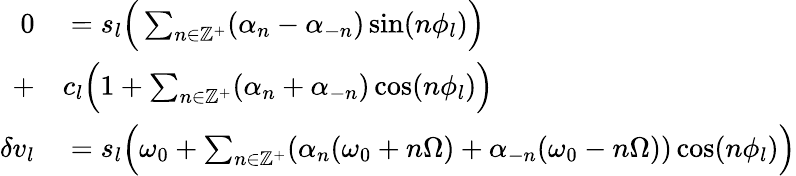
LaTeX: \begin{array}{rl}{0}&{{}=s_{l}\Big(\sum_{n\in\mathbb{Z}^{+}}(\alpha_{n}-\alpha_{-n})\sin(n\phi_{l})\Big)}\\ {+}&{{}c_{l}\Big(1+\sum_{n\in\mathbb{Z}^{+}}(\alpha_{n}+\alpha_{-n})\cos(n\phi_{l})\Big)}\\ {\delta v_{l}}&{{}=s_{l}\Big(\omega_{0}+\sum_{n\in\mathbb{Z}^{+}}(\alpha_{n}(\omega_{0}+n\Omega)+\alpha_{-n}(\omega_{0}-n\Omega))\cos(n\phi_{l})\Big)}\end{array}